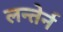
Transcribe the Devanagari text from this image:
लन्तेर्न